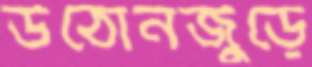
উঠোনজুড়ে